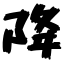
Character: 降